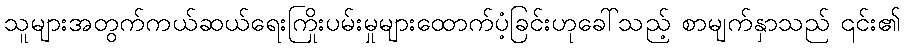
သူများအတွက်ကယ်ဆယ်ရေးကြိုးပမ်းမှုများထောက်ပံ့ခြင်းဟုခေါ်သည့် စာမျက်နှာသည် ၎င်း၏